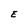
Character: E